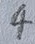
Text: 4